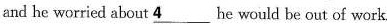
and he worried about \underline{4}he would be out of work.